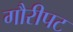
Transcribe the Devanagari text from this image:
गौरीपट